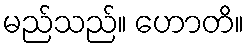
မည်သည်။ ဟောတိ။